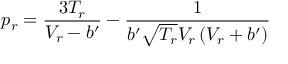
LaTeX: p _ { r } = { \frac { 3 T _ { r } } { V _ { r } - b ^ { \prime } } } - { \frac { 1 } { b ^ { \prime } { \sqrt { T _ { r } } } V _ { r } \left( V _ { r } + b ^ { \prime } \right) } }